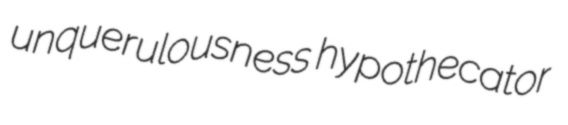
unquerulousness hypothecator